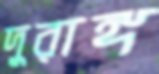
দুরাঙ্গ